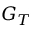
G _ { T }